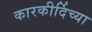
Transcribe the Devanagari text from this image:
कारकीर्दिच्या